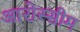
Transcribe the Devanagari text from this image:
आरोस्सीम